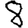
Digit: 8